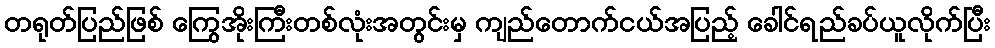
တရုတ်ပြည်ဖြစ် ကြွေအိုးကြီးတစ်လုံးအတွင်းမှ ကျည်တောက်ငယ်အပြည့် ခေါင်ရည်ခပ်ယူလိုက်ပြီး